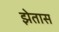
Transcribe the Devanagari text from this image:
झेतास